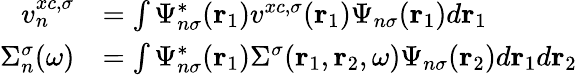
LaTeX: \begin{array}{rl}{v_{n}^{xc,\sigma}}&{=\int\Psi_{n\sigma}^{*}(\mathbf{r}_{1})v^{xc,\sigma}(\mathbf{r}_{1})\Psi_{n\sigma}(\mathbf{r}_{1})d\mathbf{r}_{1}}\\ {\Sigma_{n}^{\sigma}(\omega)}&{=\int\Psi_{n\sigma}^{*}(\mathbf{r}_{1})\Sigma^{\sigma}(\mathbf{r}_{1},\mathbf{r}_{2},\omega)\Psi_{n\sigma}(\mathbf{r}_{2})d\mathbf{r}_{1}d\mathbf{r}_{2}}\end{array}